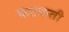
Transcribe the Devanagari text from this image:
फटकती